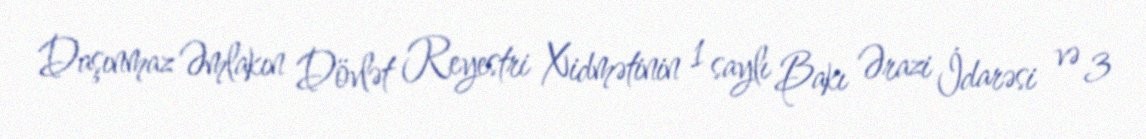
Daşınmaz Əmlakın Dövlət Reyestri Xidmətinin 1 saylı Bakı Ərazi İdarəsi və 3